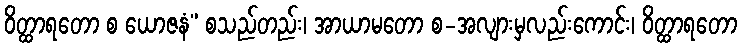
ဝိတ္ထာရတော စ ယောဇနံ” စသည်တည်း၊ အာယာမတော စ-အလျားမှလည်းကောင်း၊ ဝိတ္ထာရတော